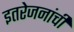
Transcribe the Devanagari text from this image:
इतरेजनांची